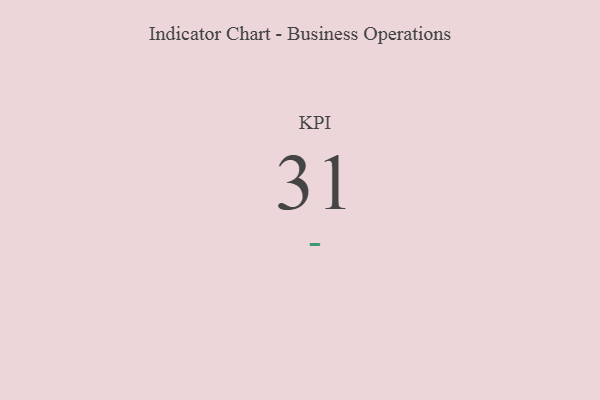
{"axis": {"x": "KPI", "y": "Value"}, "legend": [""], "data": [{"x": "KPI", "y": 31, "type": ""}]}